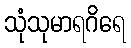
သုံသုမာရဂိရေ